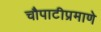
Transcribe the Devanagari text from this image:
चौपाटीप्रमाणे